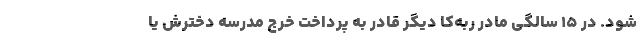
شود. در 15 سالگی مادر ربه‌کا دیگر قادر به پرداخت خرج مدرسه دخترش یا